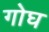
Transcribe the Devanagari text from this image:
गोघ